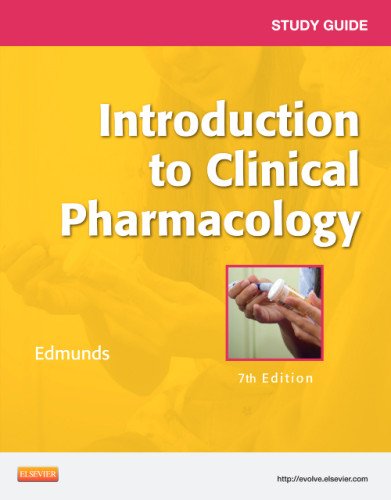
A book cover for Study Guide for Introduction to Clinical Pharmacology, 7e; Marilyn Winterton Edmunds PhD  ANP/GNP; Medical Books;